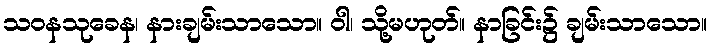
သဝနသုခေန၊ နားချမ်းသာသော။ ဝါ၊ သို့မဟုတ်။ နာခြင်း၌ ချမ်းသာသော။